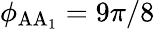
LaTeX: \phi_{\mathrm{AA_{1}}}=9\pi/8